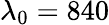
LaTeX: \lambda_{0}=840